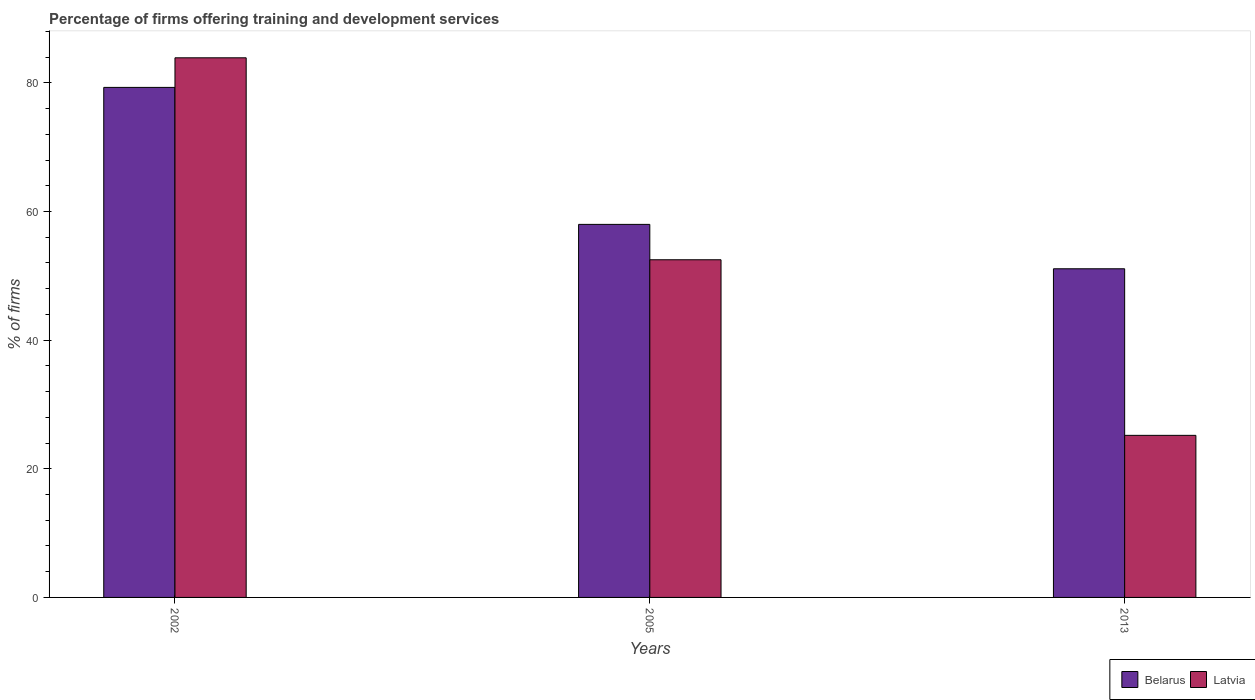
| Years | Belarus | Latvia |
 | --- | --- | --- |
 | 2002 | 79.3 | 83.9 |
 | 2005 | 58 | 52.5 |
 | 2013 | 51.1 | 25.2 |